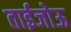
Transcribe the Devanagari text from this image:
ताईजोऊ